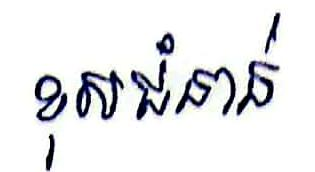
ខុសជំនាន់